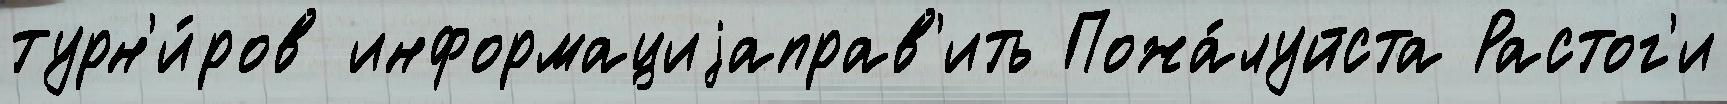
турн'и́ров информациjаправ'ить Пожа́луйста Растог'и